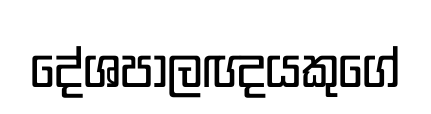
දේශපාලඥයකුගේ